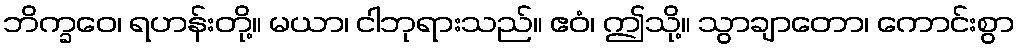
ဘိက္ခဝေ၊ ရဟန်းတို့။ မယာ၊ ငါဘုရားသည်။ ဧဝံ၊ ဤသို့။ သွာချာတော၊ ကောင်းစွာ